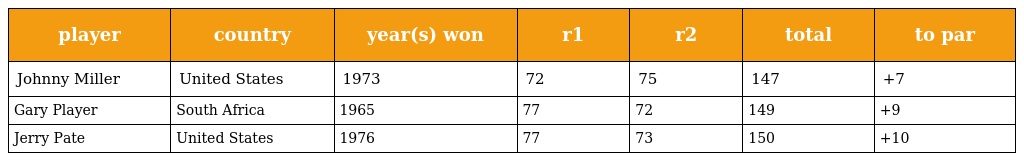
| player | country | year(s) won | r1 | r2 | total | to par |
 | --- | --- | --- | --- | --- | --- | --- |
 | Johnny Miller | United States | 1973 | 72 | 75 | 147 | +7 |
 | Gary Player | South Africa | 1965 | 77 | 72 | 149 | +9 |
 | Jerry Pate | United States | 1976 | 77 | 73 | 150 | +10 |